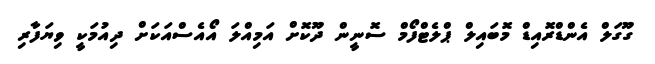
ގޫގަލް އެންޑްރޮއިޑް މޮބައިލް ޕްލެޓްފޯމް ސޮނީން ދޫކޮށް އަމިއްލަ އޯއެސްއަކަށް ދިއުމަކީ ވިޔަފާރި